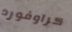
كراوفورد